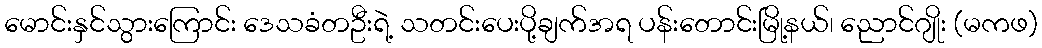
မောင်းနှင်သွားကြောင်း ဒေသခံတဦးရဲ့ သတင်းပေးပို့ချက်အရ ပန်းတောင်းမြို့နယ်၊ ညောင်ဂျိုး (မကဖ)